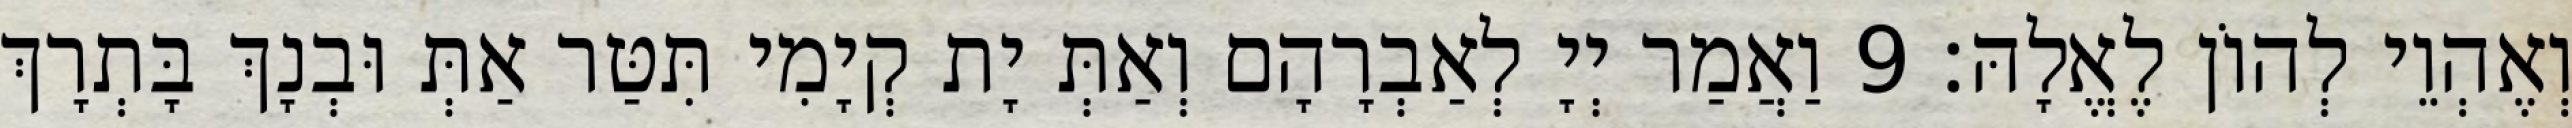
וְאֶהְוֵי לְהוֹן לֶאֱלָהּ׃ 9 וַאֲמַר יְיָ לְאַבְרָהָם וְאַתְּ יָת קְיָמִי תִּטַּר אַתְּ וּבְנָךְ בָּתְרָךְ